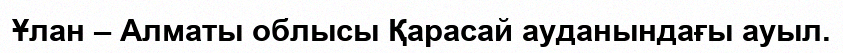
Ұлан – Алматы облысы Қарасай ауданындағы ауыл.